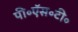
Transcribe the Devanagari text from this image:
पी॰ऍस॰टी॰